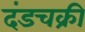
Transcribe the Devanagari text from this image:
दंडचक्री